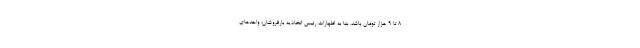
8 تا 9 هزار تومان باشد. بنا به اظهارات رئیس اتحادیه بارفروشان؛ واحدهای